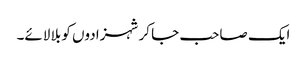
ایک صاحب جا کر شہزادوں کو بلا لائے۔